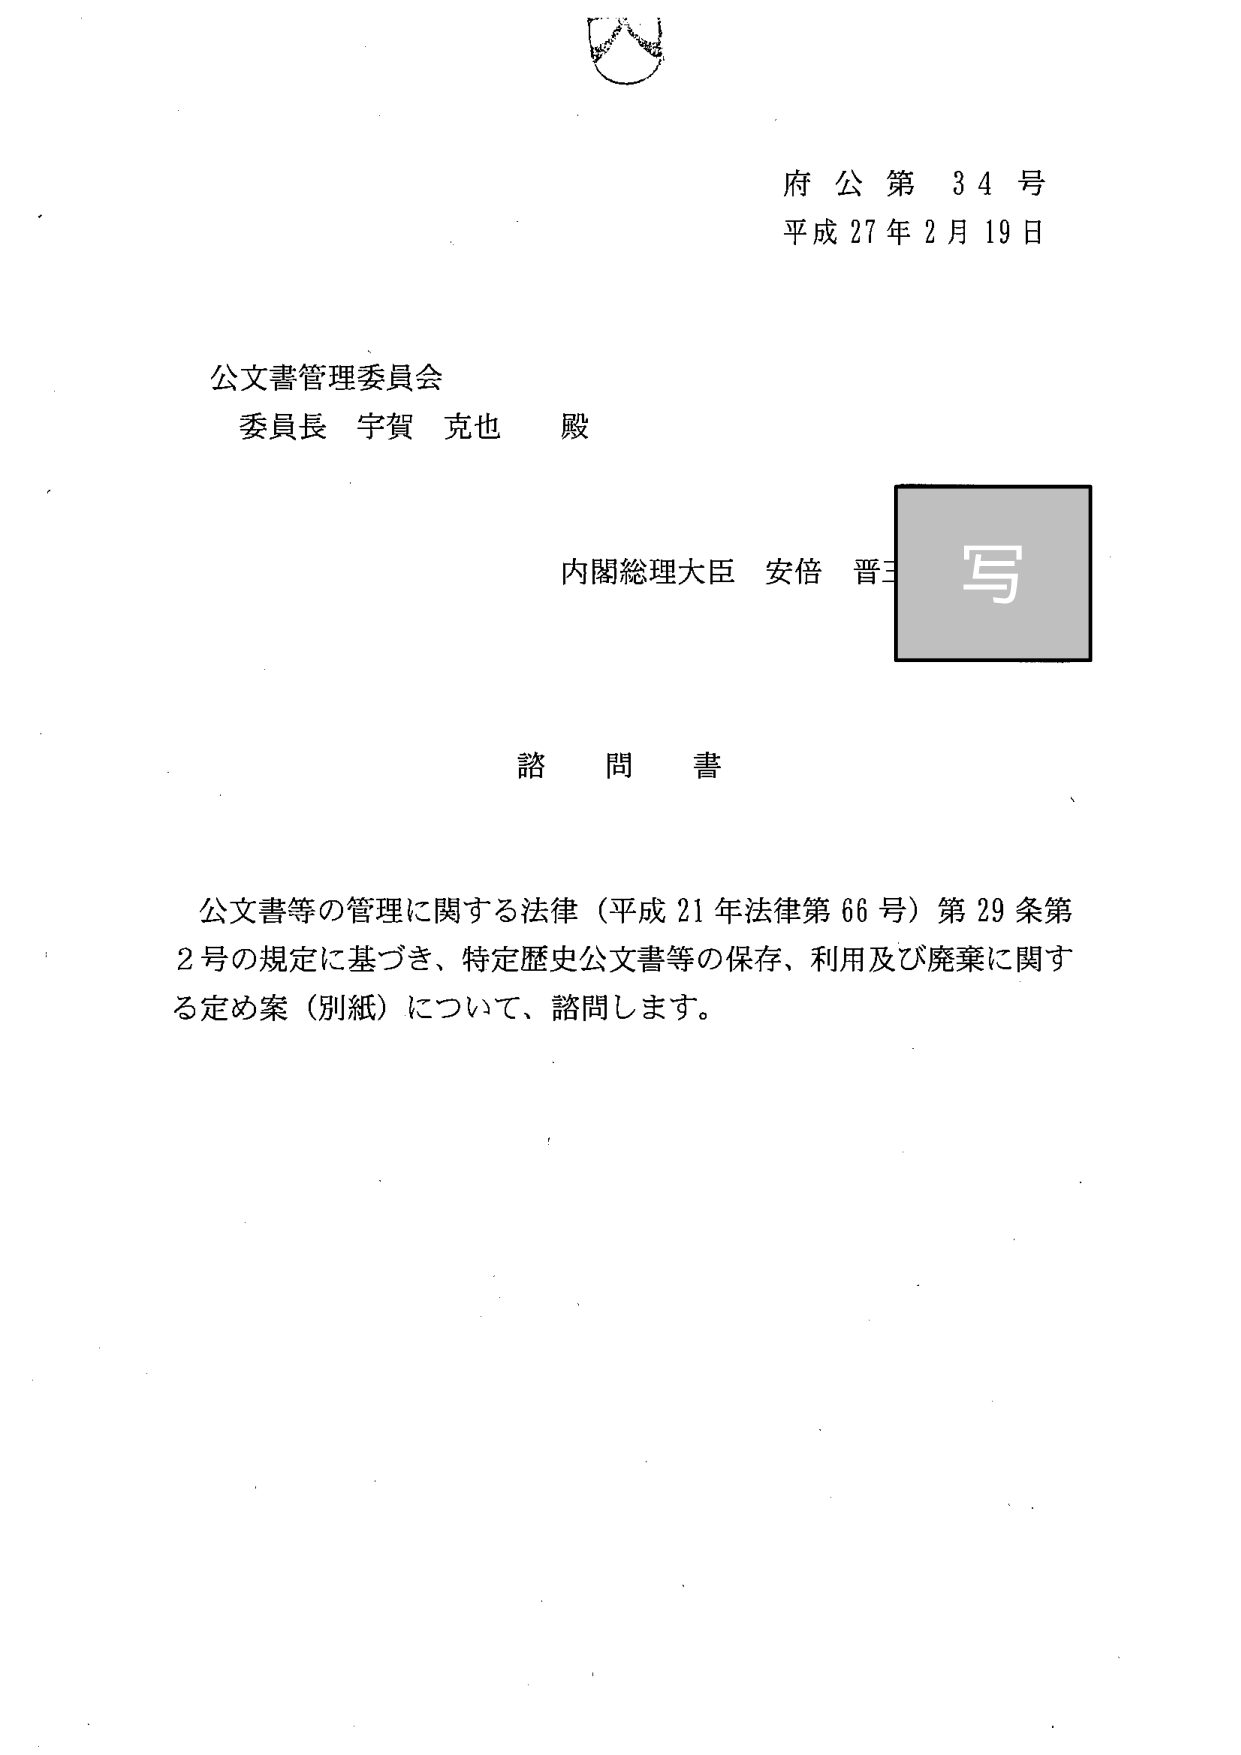
府公第 34 号
平成 27 年 2 月 19 日

公文書管理委員会
委員長 宇賀 克也 殿

内閣総理大臣 安倍 晋三

写

諮問書

公文書等の管理に関する法律（平成 21 年法律第 66 号）第 29 条第 2 号の規定に基づき、特定歴史公文書等の保存、利用及び廃棄に関する定め案（別紙）について、諮問します。